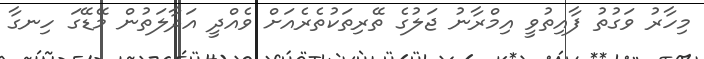
މިހާރު ވަގުތު ފާއިތުވީ އިމްރާނު ޖަލުގެ ތޭރިތަކުތެރެއަށް ވެއްދީ އަދާލަތުން މޭޑޭގަ ހިނގާ